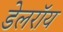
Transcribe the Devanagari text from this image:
डेलराॅय